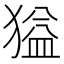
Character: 獈